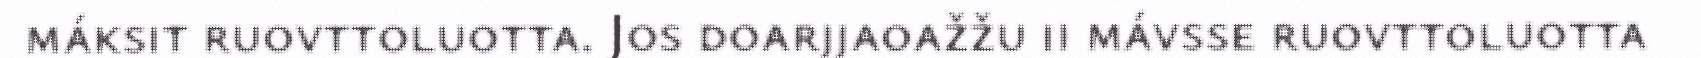
máksit ruovttoluotta. Jos doarjjaoažžu ii mávsse ruovttoluotta